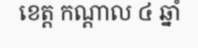
ខេត្ត កណ្តាល ៤ ឆ្នាំ